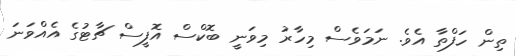
ތިން ހަފްތާ އެވެ. ނަމަވެސް މިހާރު މިވަނީ ބޮކްސް އޮފީސް ޗާޓުގެ އެއްވަނަ